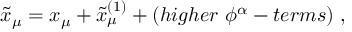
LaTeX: \tilde { x } _ { \mu } = x _ { \mu } + \tilde { x } _ { \mu } ^ { ( 1 ) } + ( h i g h e r ~ \phi ^ { \alpha } - t e r m s ) ~ ,